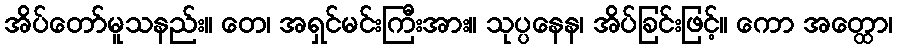
အိပ်တော်မူသနည်း။ တေ၊ အရှင်မင်းကြီးအား။ သုပ္ပနေန၊ အိပ်ခြင်းဖြင့်။ ကော အတ္ထော၊